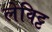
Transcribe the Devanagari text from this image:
लेविट्ट